Juri_Uluots, lk 5
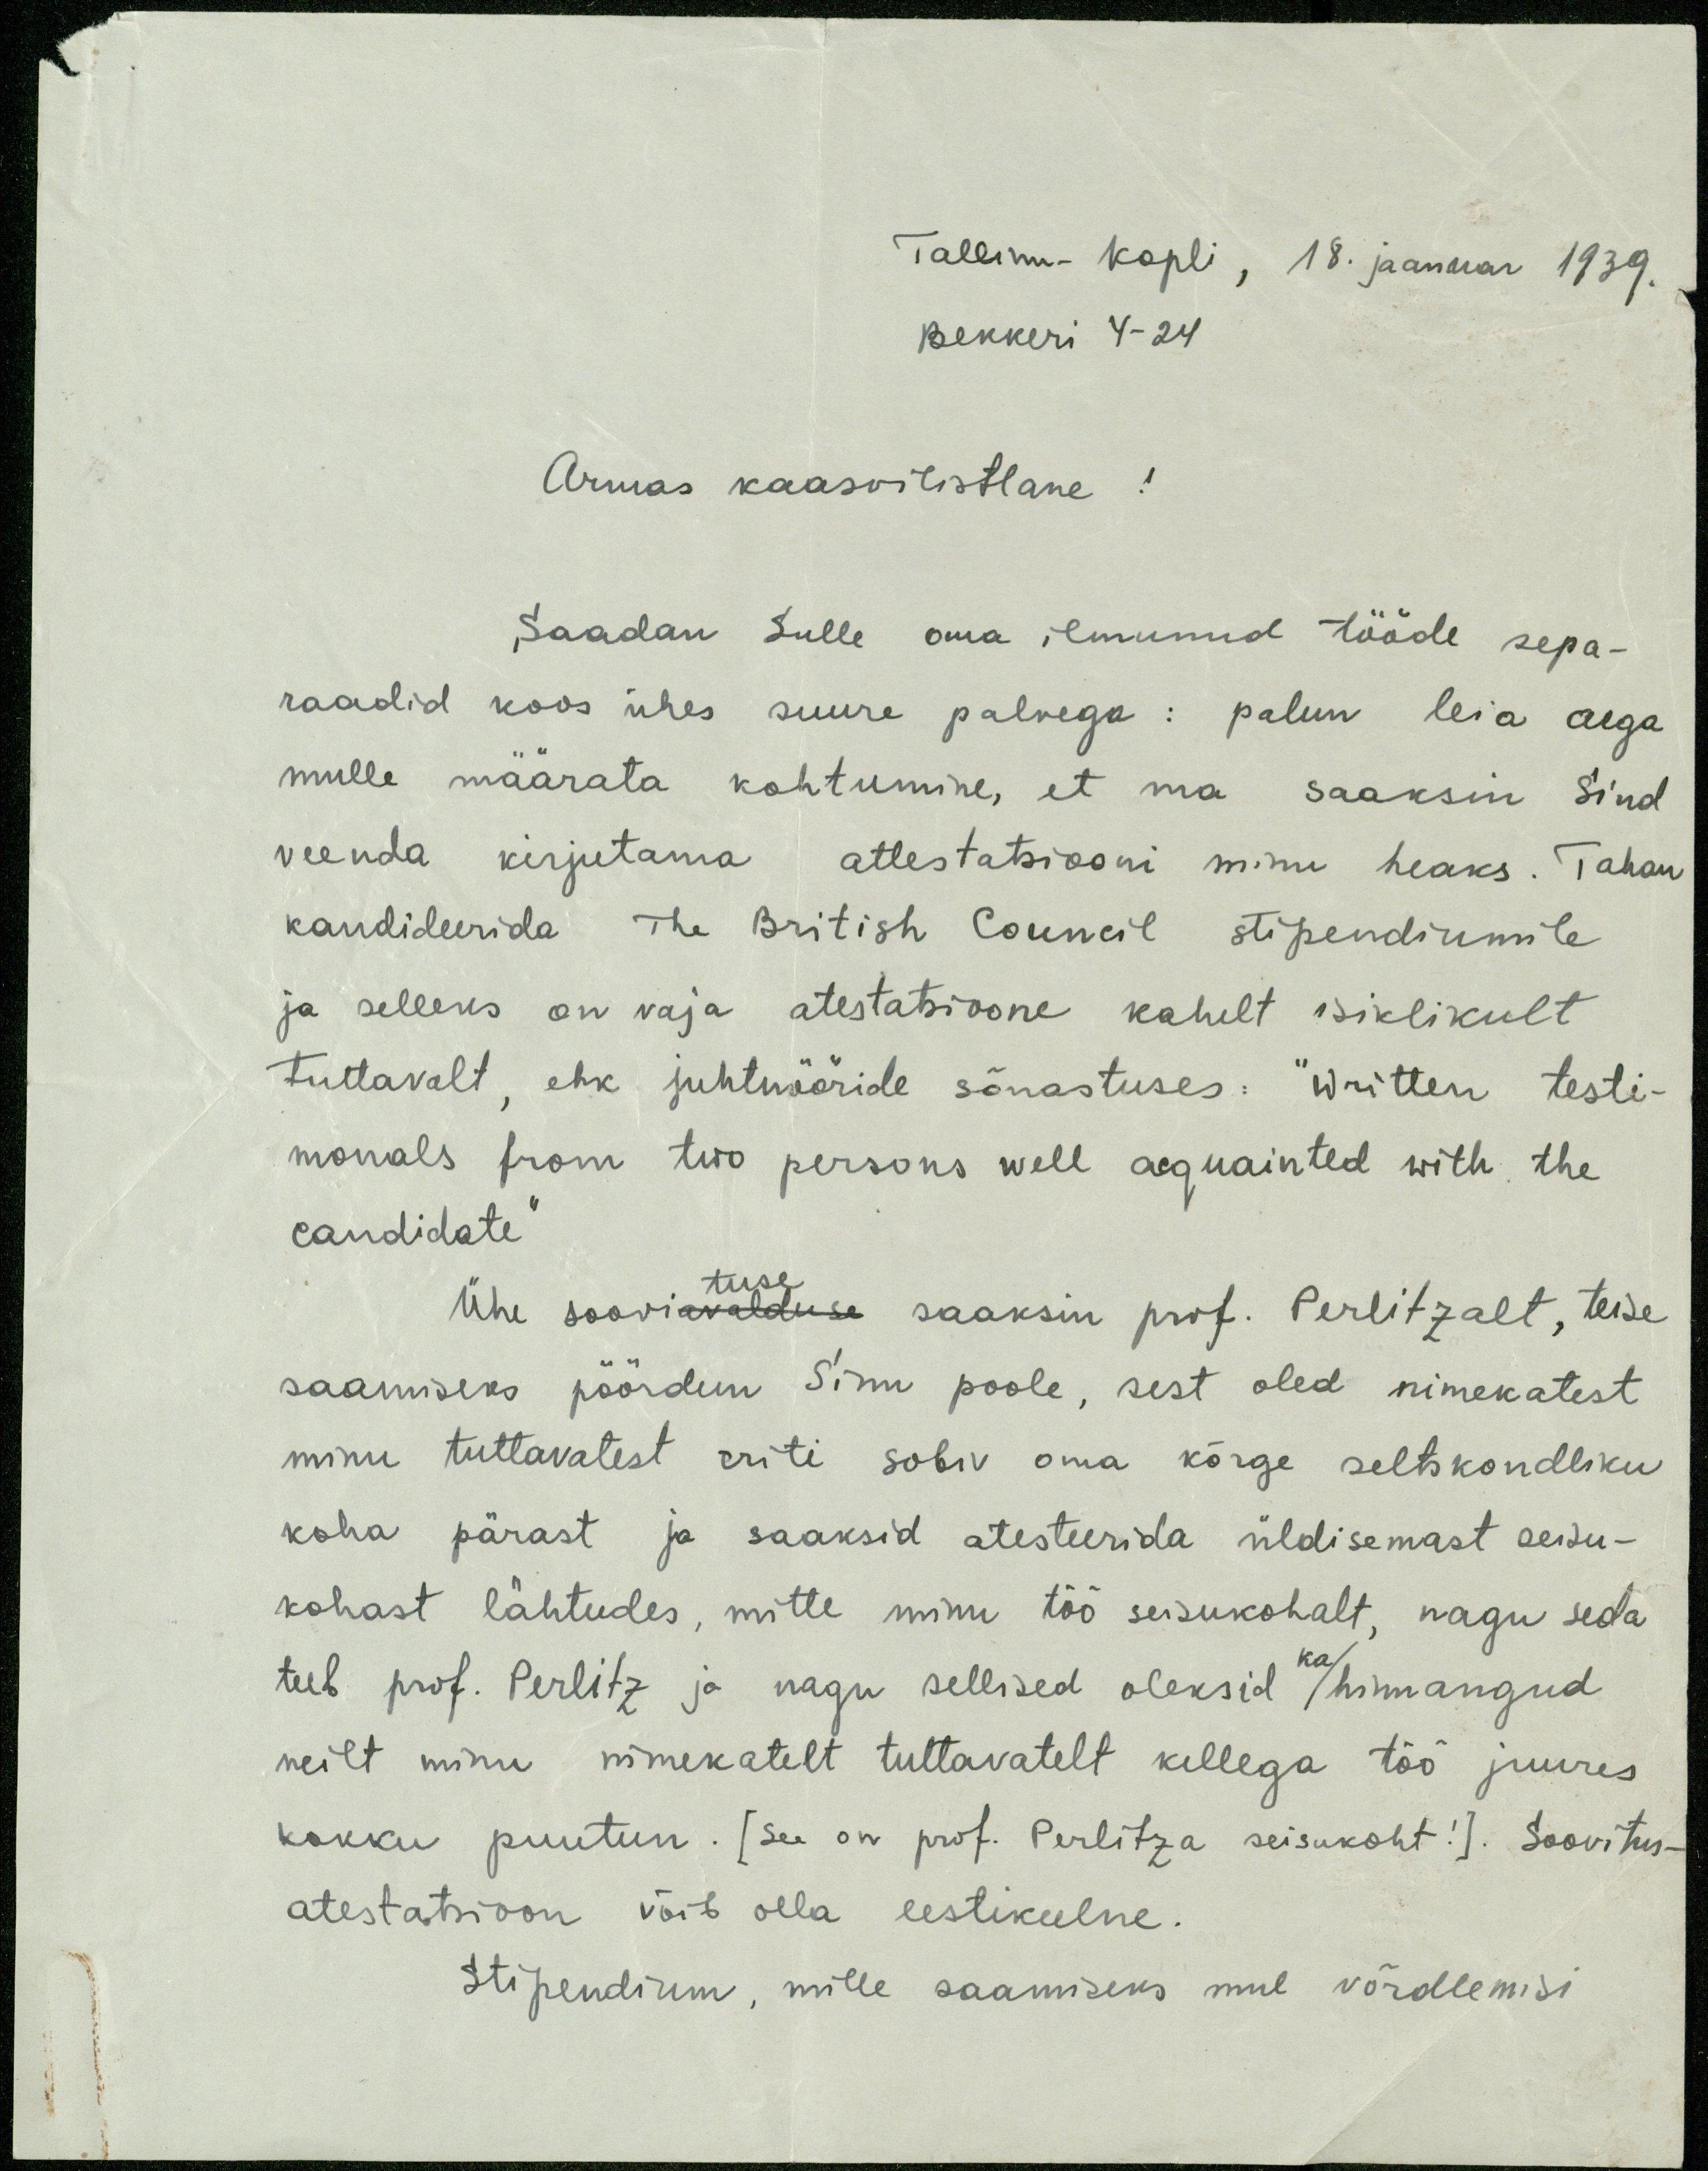
Tallinn-Kopli, 18. jaanuar 1939.
Bekkeri 4-24
Armas kaasvilistlane !
Saadan Sulle oma ilmunud tööde sepa-
raadid koos ühes suure palvega: palun leia aega
mulle määrata kohtumine, et ma saaksin Sind
veenda kirjutama attestatsiooni minu heaks. Tahan
kandideerida The British Council stipendiumile
ja selleks on vaja atestatsioone kahelt isiklikult
tuttavalt, ehk juhtnööride sõnastuses: "Written testi-
monals from two persons well acquainted with the
candidate"
Ühe soovituse saaksin prof. Perlitzalt, teise
saamiseks pöördun Sinu poole, sest oled nimekatest
minu tuttavatest eriti sobiv oma kõrge seltskondliku
koha pärast ja saaksid atesteerida üldisemast seisu-
kohast lähtudes, mitte minu töö seisukohalt, nagu seda
teeb prof. Perlitz ja nagu sellised oleksid ka hinnangud
neilt minu nimekatelt tuttavatelt kellega töö juures
kokku puutun. [See on prof. Perlitza seisukoht!]. Soovitus-
atestatsioon võib olla eestikeelne.
Stipendium, mille saamiseks mul võrdlemisi